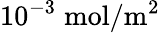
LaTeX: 10^{-3}\; \mathrm{mol}/\mathrm{m}^{2}